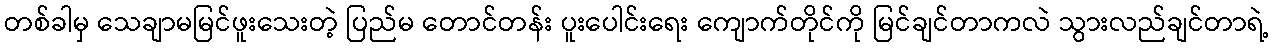
တစ်ခါမှ သေချာမမြင်ဖူးသေးတဲ့ ပြည်မ တောင်တန်း ပူးပေါင်းရေး ကျောက်တိုင်ကို မြင်ချင်တာကလဲ သွားလည်ချင်တာရဲ့